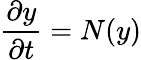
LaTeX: \frac{\partial y}{\partial t}=N(y)